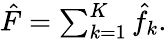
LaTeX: \begin{array}{r}{\hat{F}=\sum_{k=1}^{K}\hat{f}_{k}.}\end{array}